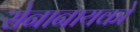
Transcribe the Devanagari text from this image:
सेनानायको